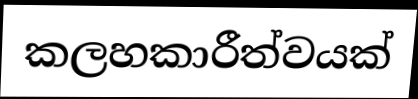
කලහකාරීත්වයක්